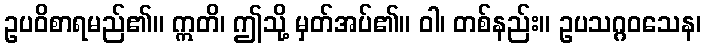
ဥပဝိစာရမည်၏။ ဣတိ၊ ဤသို့ မှတ်အပ်၏။ ဝါ၊ တစ်နည်း။ ဥပသဂ္ဂဝသေန၊